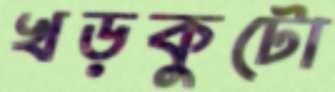
খড়কুটো